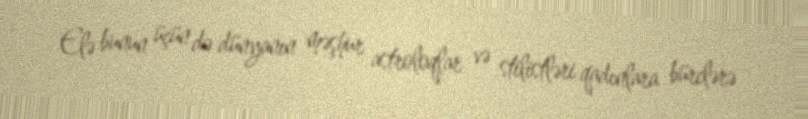
Elə bunun üçün də dünyanın məşhur astroloqlar və stilistləri qadınlara bürclərə